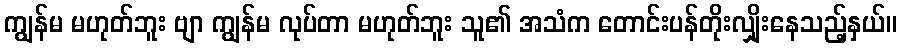
ကျွန်မ မဟုတ်ဘူး ဗျာ ကျွန်မ လုပ်တာ မဟုတ်ဘူး သူ၏ အသံက တောင်းပန်တိုးလျှိုးနေသည့်နှယ်။